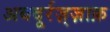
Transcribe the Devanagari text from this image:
अबदूर्रज़्ज़ाक़